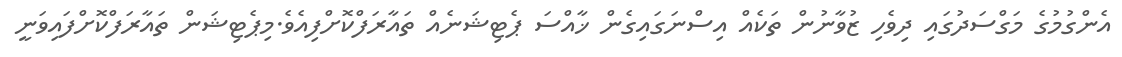
އެންގުމުގެ މަގްސަދުގައި ދިވެހި ޒުވާނުން ތަކެއް އިސްނަގައިގެން ޚާއްސަ ޕެޓިޝަނެއް ތައާރަފްކޮށްފިއެވެ.މިޕެޓިޝަން ތައާރަފްކޮށްފައިވަނީ